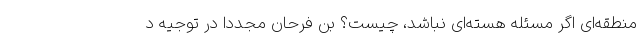
منطقه‌ای اگر مسئله هسته‌ای نباشد، چیست؟ بن فرحان مجددا در توجیه د